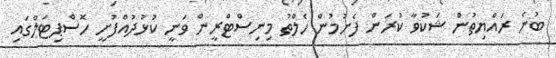
ބުނެ ރައްޔިތުން ޝަކުވާ ކުރަން ފެށުމުން ހެލްތު މިނިސްޓްރީން ވަނީ ކުޅުދުއްފުށީ ހޮސްޕިޓަލްގައި